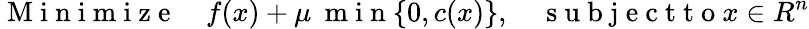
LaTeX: \mathrm{~M~i~n~i~m~i~z~e~}\quad f(x)+\mu\: \mathrm{~m~i~n~}\{ 0,c(x)\} ,\quad\mathrm{~s~u~b~j~e~c~t~t~o~}x\in R^{n}